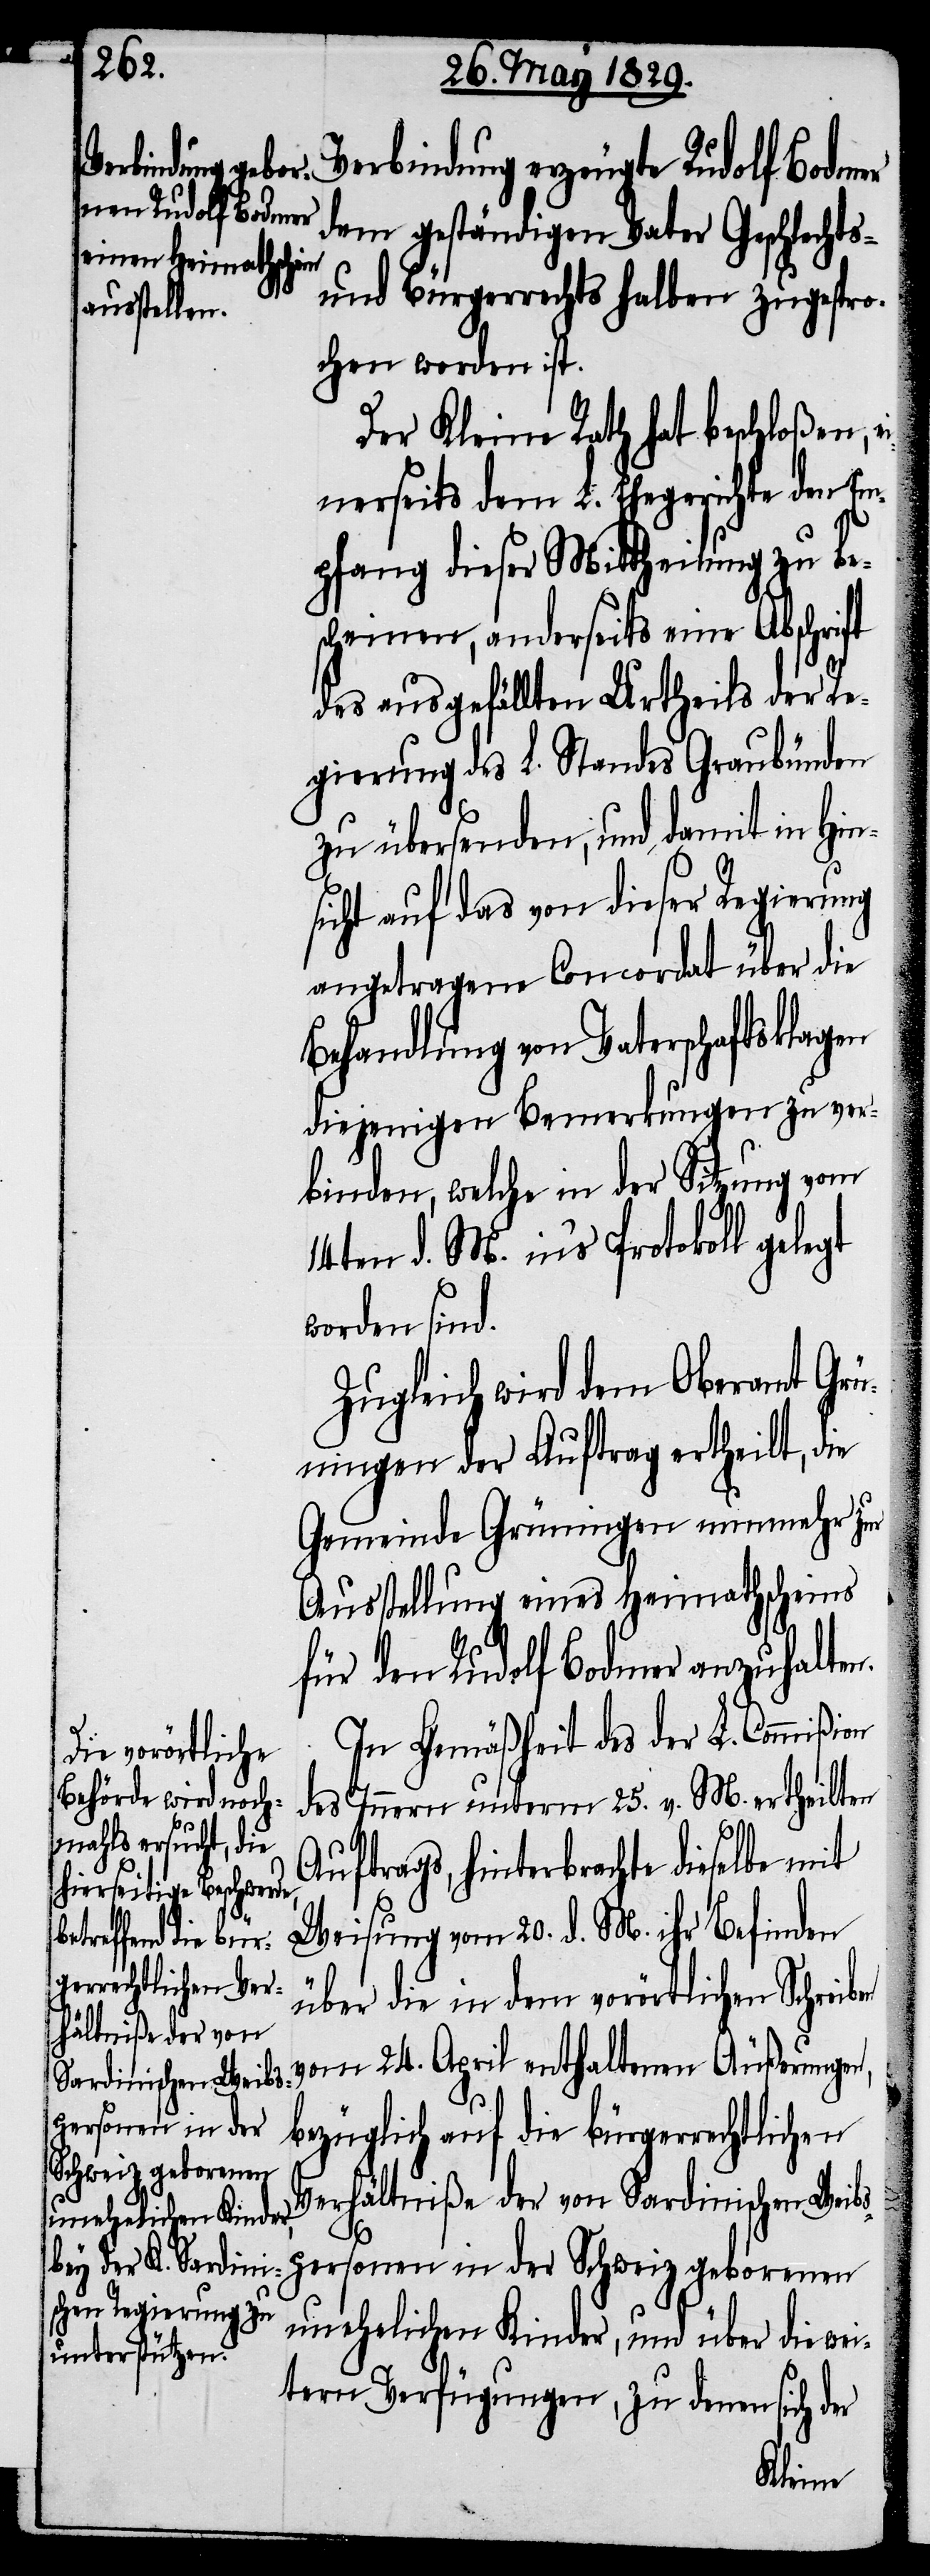
Verbindung erzeugte Rudolf Bodmer
dem geständigen Vater Geschlechts-
und Bürgerrechts halben zugespro¬
chen worden ist.
Der Kleine Rath hat beschloßen,
einerseits dem L. Ehegerichte den Em¬
pfang dieser Mittheilung zu bes¬
cheinen, anderseits eine Abschrift
des ausgefällten Urtheils der Re¬
gierung des L. Standes Graubünden
zu übersenden, und damit in Hin¬
sicht auf das von dieser Regierung
angetragene Concordat über die
Behandlung von Vaterschaftsklagen
diejenigen Bemerkungen zu ver¬
binden, welche in der Sitzung vom
14ten d. M. in’s Protokoll gelegt
worden sind.
Zugleich wird dem Oberamt Grü¬
ningen der Auftrag ertheilt, die
Gemeinde Grüningen nunmehr zur
Ausstellung eines Heimathscheins
für den Rudolf Bodmer anzuhalten.
In Gemäßheit des der L. Commißion
des Innern unterm 25. v. M. ertheilten
Auftrags, hinterbrachte dieselbe mit
Weisung vom 20. d. M. ihr Befinden
über die in dem vorörtlichen Schreiben
vom 24. April enthaltenen Äußerungen,
bezüglich auf die bürgerrech¬
Verhältniße der von Sardinischen Weibs¬
personen in der Schweiz geborenen
unehelichen Kinder, und über die wei¬
tern Verfügungen, zu denen sich der
tlichen